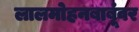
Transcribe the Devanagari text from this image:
लालमोहनबाबूंवर